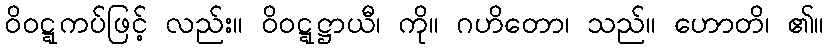
ဝိဝဋ္ဋကပ်ဖြင့် လည်း။ ဝိဝဋ္ဋဋ္ဌာယီ၊ ကို။ ဂဟိတော၊ သည်။ ဟောတိ၊ ၏။